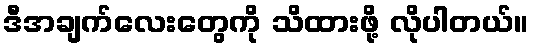
ဒီအချက်လေးတွေကို သိထားဖို့ လိုပါတယ်။